Indian Civil Veterinary Department memoirs
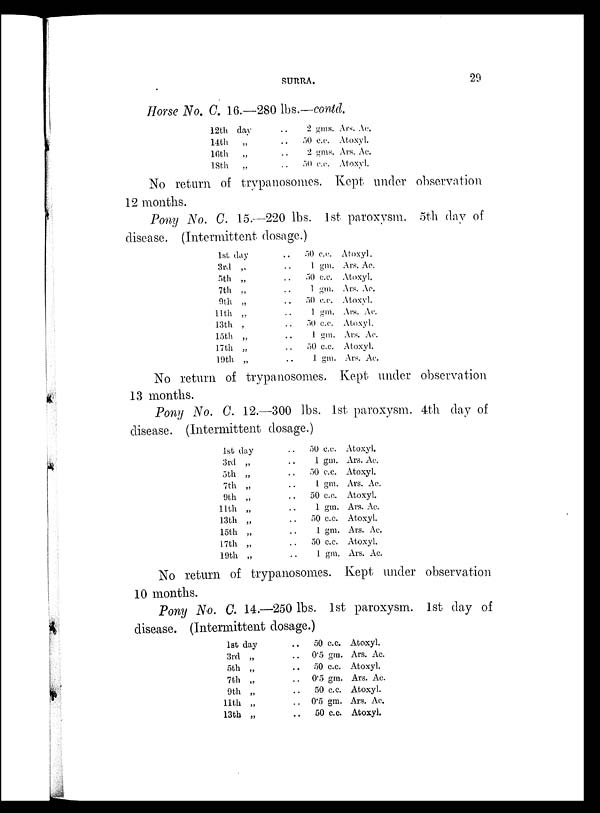
SURRA.
29
Horse No. C. 16.—280 lbs.—contd.
12th day
14th
„
16th
„
18th
„
. . 2 gms. Ars. Ac.
. . 50 c.c. Atoxyl.
. . 2 gms. Ars. Ac.
. . 50 c.c. Atoxyl.
No return of trypanosomes. Kept under observation
12 months.
Pony No. C. 15.—220 lbs. 1st paroxysm. 5th day of
disease. (Intermittent dosage.)
1st day
3rd „
5th „
7th „
9th „
11th „
13th „
15th „
17th „
19th „
. . 50 c.c.
. . 1 gm.
. . 50 c.c.
. . 1 gm.
. . 50 c.c.
. . 1 gm.
. . 50 c.c.
. . 1 gm.
. . 50 c.c.
. . 1 gm.
Atoxyl.
Ars. Ac.
Atoxyl.
Ars. Ac.
Atoxyl.
Ars. Ac.
Atoxyl.
Ars. Ac.
Atoxyl.
Ars. Ac.
No return of trypanosomes. Kept under observation
13 months.
Pony No. C. 12.—300 lbs. 1st paroxysm. 4th day of
disease. (Intermittent dosage.)
1st day
3rd „
5th „
7th „
9th „
11th „
13th „
15th „
17th „
19th „
. . 50 c.c.
. . 1 gm.
. . 50 c.c.
. . 1 gm.
. . 50 c.c.
. . 1 gm.
. . 50 c.c.
. . 1 gm.
. . 50 c.c.
. . 1 gm.
Atoxyl.
Ars. Ac.
Atoxyl.
Ars. Ac.
Atoxyl.
Ars. Ac.
Atoxyl.
Ars. Ac.
Atoxyl.
Ars. Ac.
No return of trypanosomes. Kept under observation
10 months.
Pony No. C. 14.—250 lbs. 1st paroxysm. 1st day of
disease. (Intermittent dosage.)
1st day
3rd „
5th „
7th „
9th „
11th „
13th „
. . 50 c.c.
. . 0.5 gm.
. . 50 c.c.
. . 0.5 gm.
. . 50 c.c.
. . 0.5 gm.
. . 50 c.c.
Atoxyl.
Ars. Ac.
Atoxyl.
Ars. Ac.
Atoxyl.
Ars. Ac.
Atoxyl.